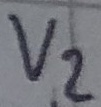
Text: V2